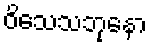
ဝိသေသဘုနော